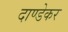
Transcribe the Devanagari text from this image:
दाण्डेकर